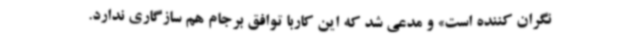
نگران کننده است» و مدعی شد که این کاربا توافق برجام هم سازگاری ندارد.